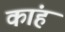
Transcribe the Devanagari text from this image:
कांह